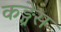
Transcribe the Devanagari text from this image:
कङ्ग्रेस